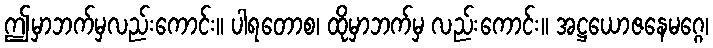
ဤမှာဘက်မှလည်းကောင်း။ ပါရတောစ၊ ထိုမှာဘက်မှ လည်းကောင်း။ အဋ္ဌယောဇနေမဂ္ဂေ၊